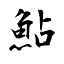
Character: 鮎